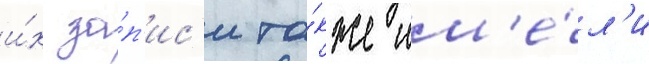
и́х за́п'ис'и та́кже им'е́л'и